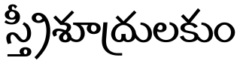
స్త్రీశూద్రులకుం